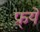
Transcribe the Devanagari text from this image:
फ्र्ये